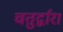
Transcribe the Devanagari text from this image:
चतुर्द्वार।